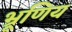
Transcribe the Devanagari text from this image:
भ्रूणिय